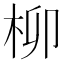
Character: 柳